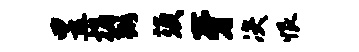
昱揣弼须牙决恨